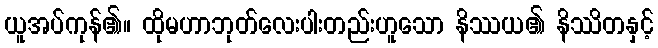
ယူအပ်ကုန်၏။ ထိုမဟာဘုတ်လေးပါးတည်းဟူသော နိဿယ၏ နိဿိတနှင့်